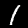
Label: 1